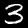
Digit: 3